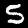
Digit: 5